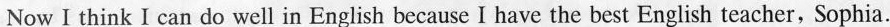
Now I think I can do well in English because I have the best English teacher, Sophia.